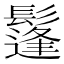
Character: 鬔